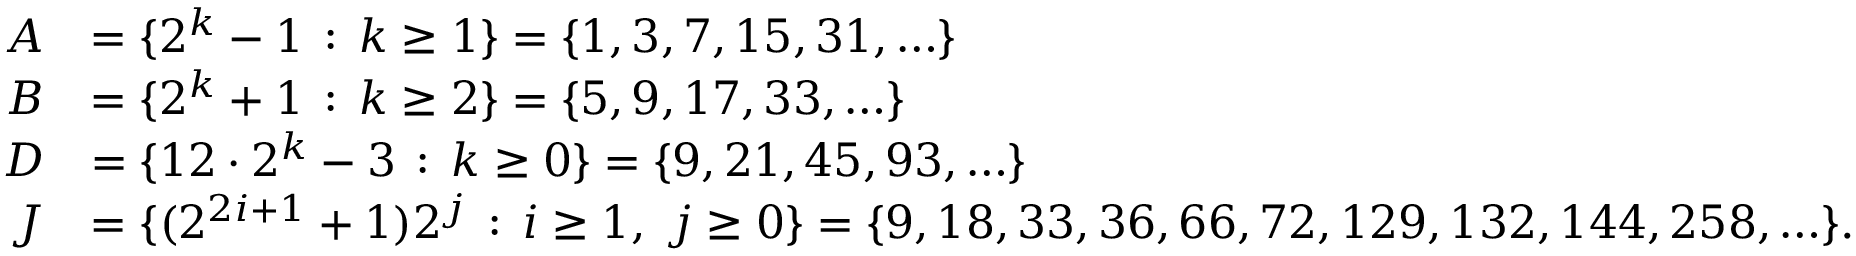
\begin{array} { r l } { A } & { = \{ 2 ^ { k } - 1 \, : \, k \geq 1 \} = \{ 1 , 3 , 7 , 1 5 , 3 1 , \ldots \} } \\ { B } & { = \{ 2 ^ { k } + 1 \, : \, k \geq 2 \} = \{ 5 , 9 , 1 7 , 3 3 , \ldots \} } \\ { D } & { = \{ 1 2 \cdot 2 ^ { k } - 3 \, : \, k \geq 0 \} = \{ 9 , 2 1 , 4 5 , 9 3 , \ldots \} } \\ { J } & { = \{ ( 2 ^ { 2 i + 1 } + 1 ) 2 ^ { j } \, : \, i \geq 1 , \ j \geq 0 \} = \{ 9 , 1 8 , 3 3 , 3 6 , 6 6 , 7 2 , 1 2 9 , 1 3 2 , 1 4 4 , 2 5 8 , \ldots \} . } \end{array}